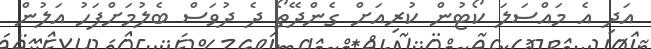
އަދި އެ މައްސަލަ ކޯޓުން ކުރިއަށް ގެންދޭތޯ ދެ ދުވަސް ބެލުމަށްފަހު އަލުން